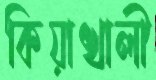
কিয়াখালী